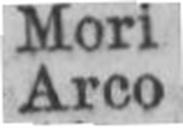
Arco